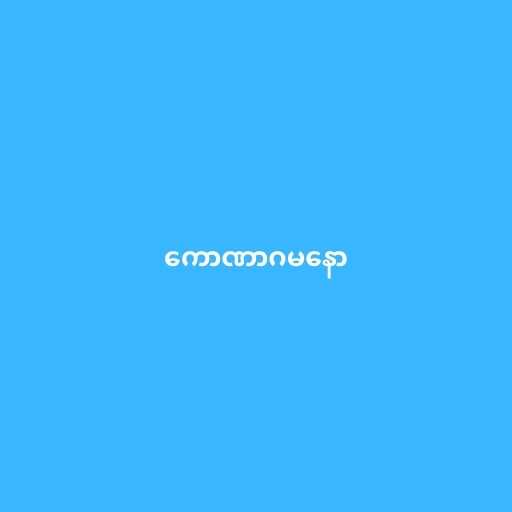
ကောဏာဂမနော